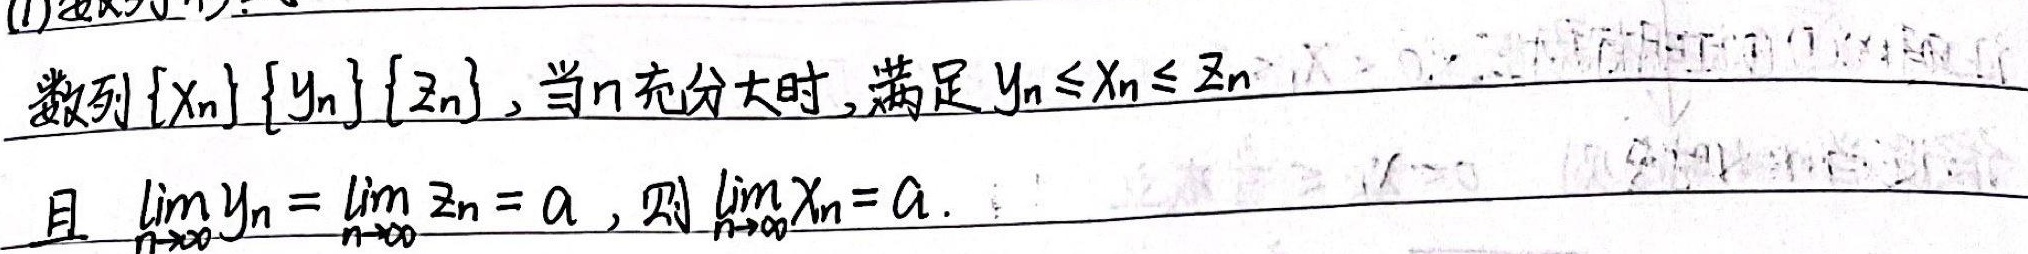
数列\(\{x_n\}, \{y_n\}, \{z_n\}\)，当\(n\)充分大时，满足\(y_n \leq x_n \leq z_n\)且\(\lim_{n \to \infty} y_n = \lim_{n \to \infty} z_n = a\)，则\(\lim_{n \to \infty} x_n = a\)。